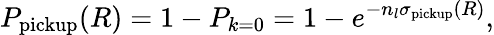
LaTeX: P_{\mathrm{pickup}}(R)=1-P_{k=0}=1-e^{-n_{l}\sigma_{\mathrm{pickup}}(R)},